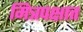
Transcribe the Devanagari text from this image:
मित्रपक्षात